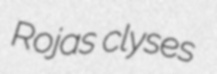
Rojas clyses